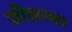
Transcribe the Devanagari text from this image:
जीसरथ।